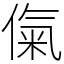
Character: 㑶